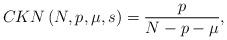
LaTeX: \begin{align*}CKN\left( N,p,\mu,s\right) =\frac{p}{N-p-\mu},\end{align*}